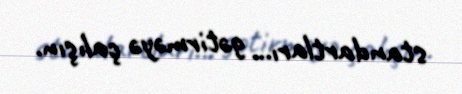
standartları... gətirməyə çalışın.